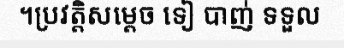
។ប្រវត្តិសម្តេច ទៀ បាញ់ ទទួល